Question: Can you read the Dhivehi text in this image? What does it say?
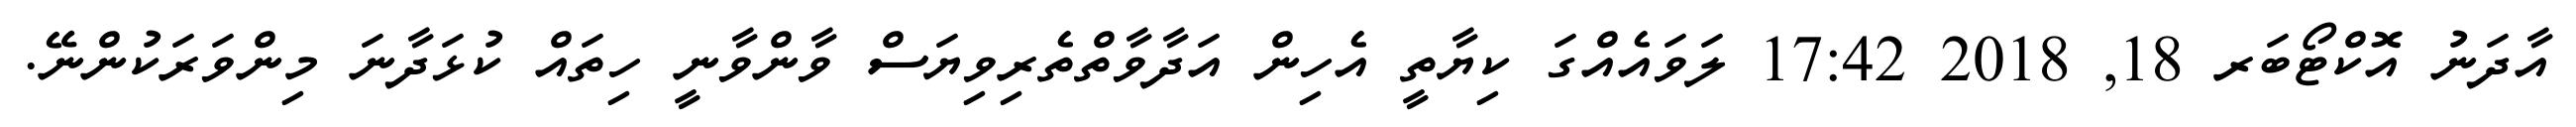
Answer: އާދަނު އޮކްޓޯބަރ 18, 2018 17:42 ލަވައެއްގަ ކިޔާތީ އެހިން އަދާވާތްތެރިވިޔަސް ވާންވާނީ ހިތައް ކުޅަދާނަ މިންވަރަކުންނޭ.